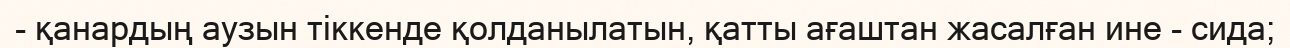
- қанардың аузын тіккенде қолданылатын, қатты ағаштан жасалған ине - сида;